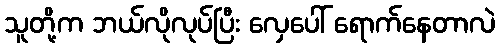
သူတို့က ဘယ်လိုလုပ်ပြီး လှေပေါ် ရောက်နေတာလဲ